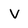
Character: v